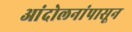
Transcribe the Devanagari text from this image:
आंदोलनांपासून